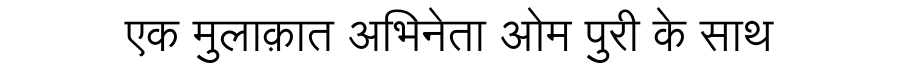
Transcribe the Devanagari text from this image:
एक मुलाक़ात अभिनेता ओम पुरी के साथ